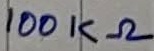
Text: 100KΩ